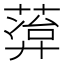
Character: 𬝭